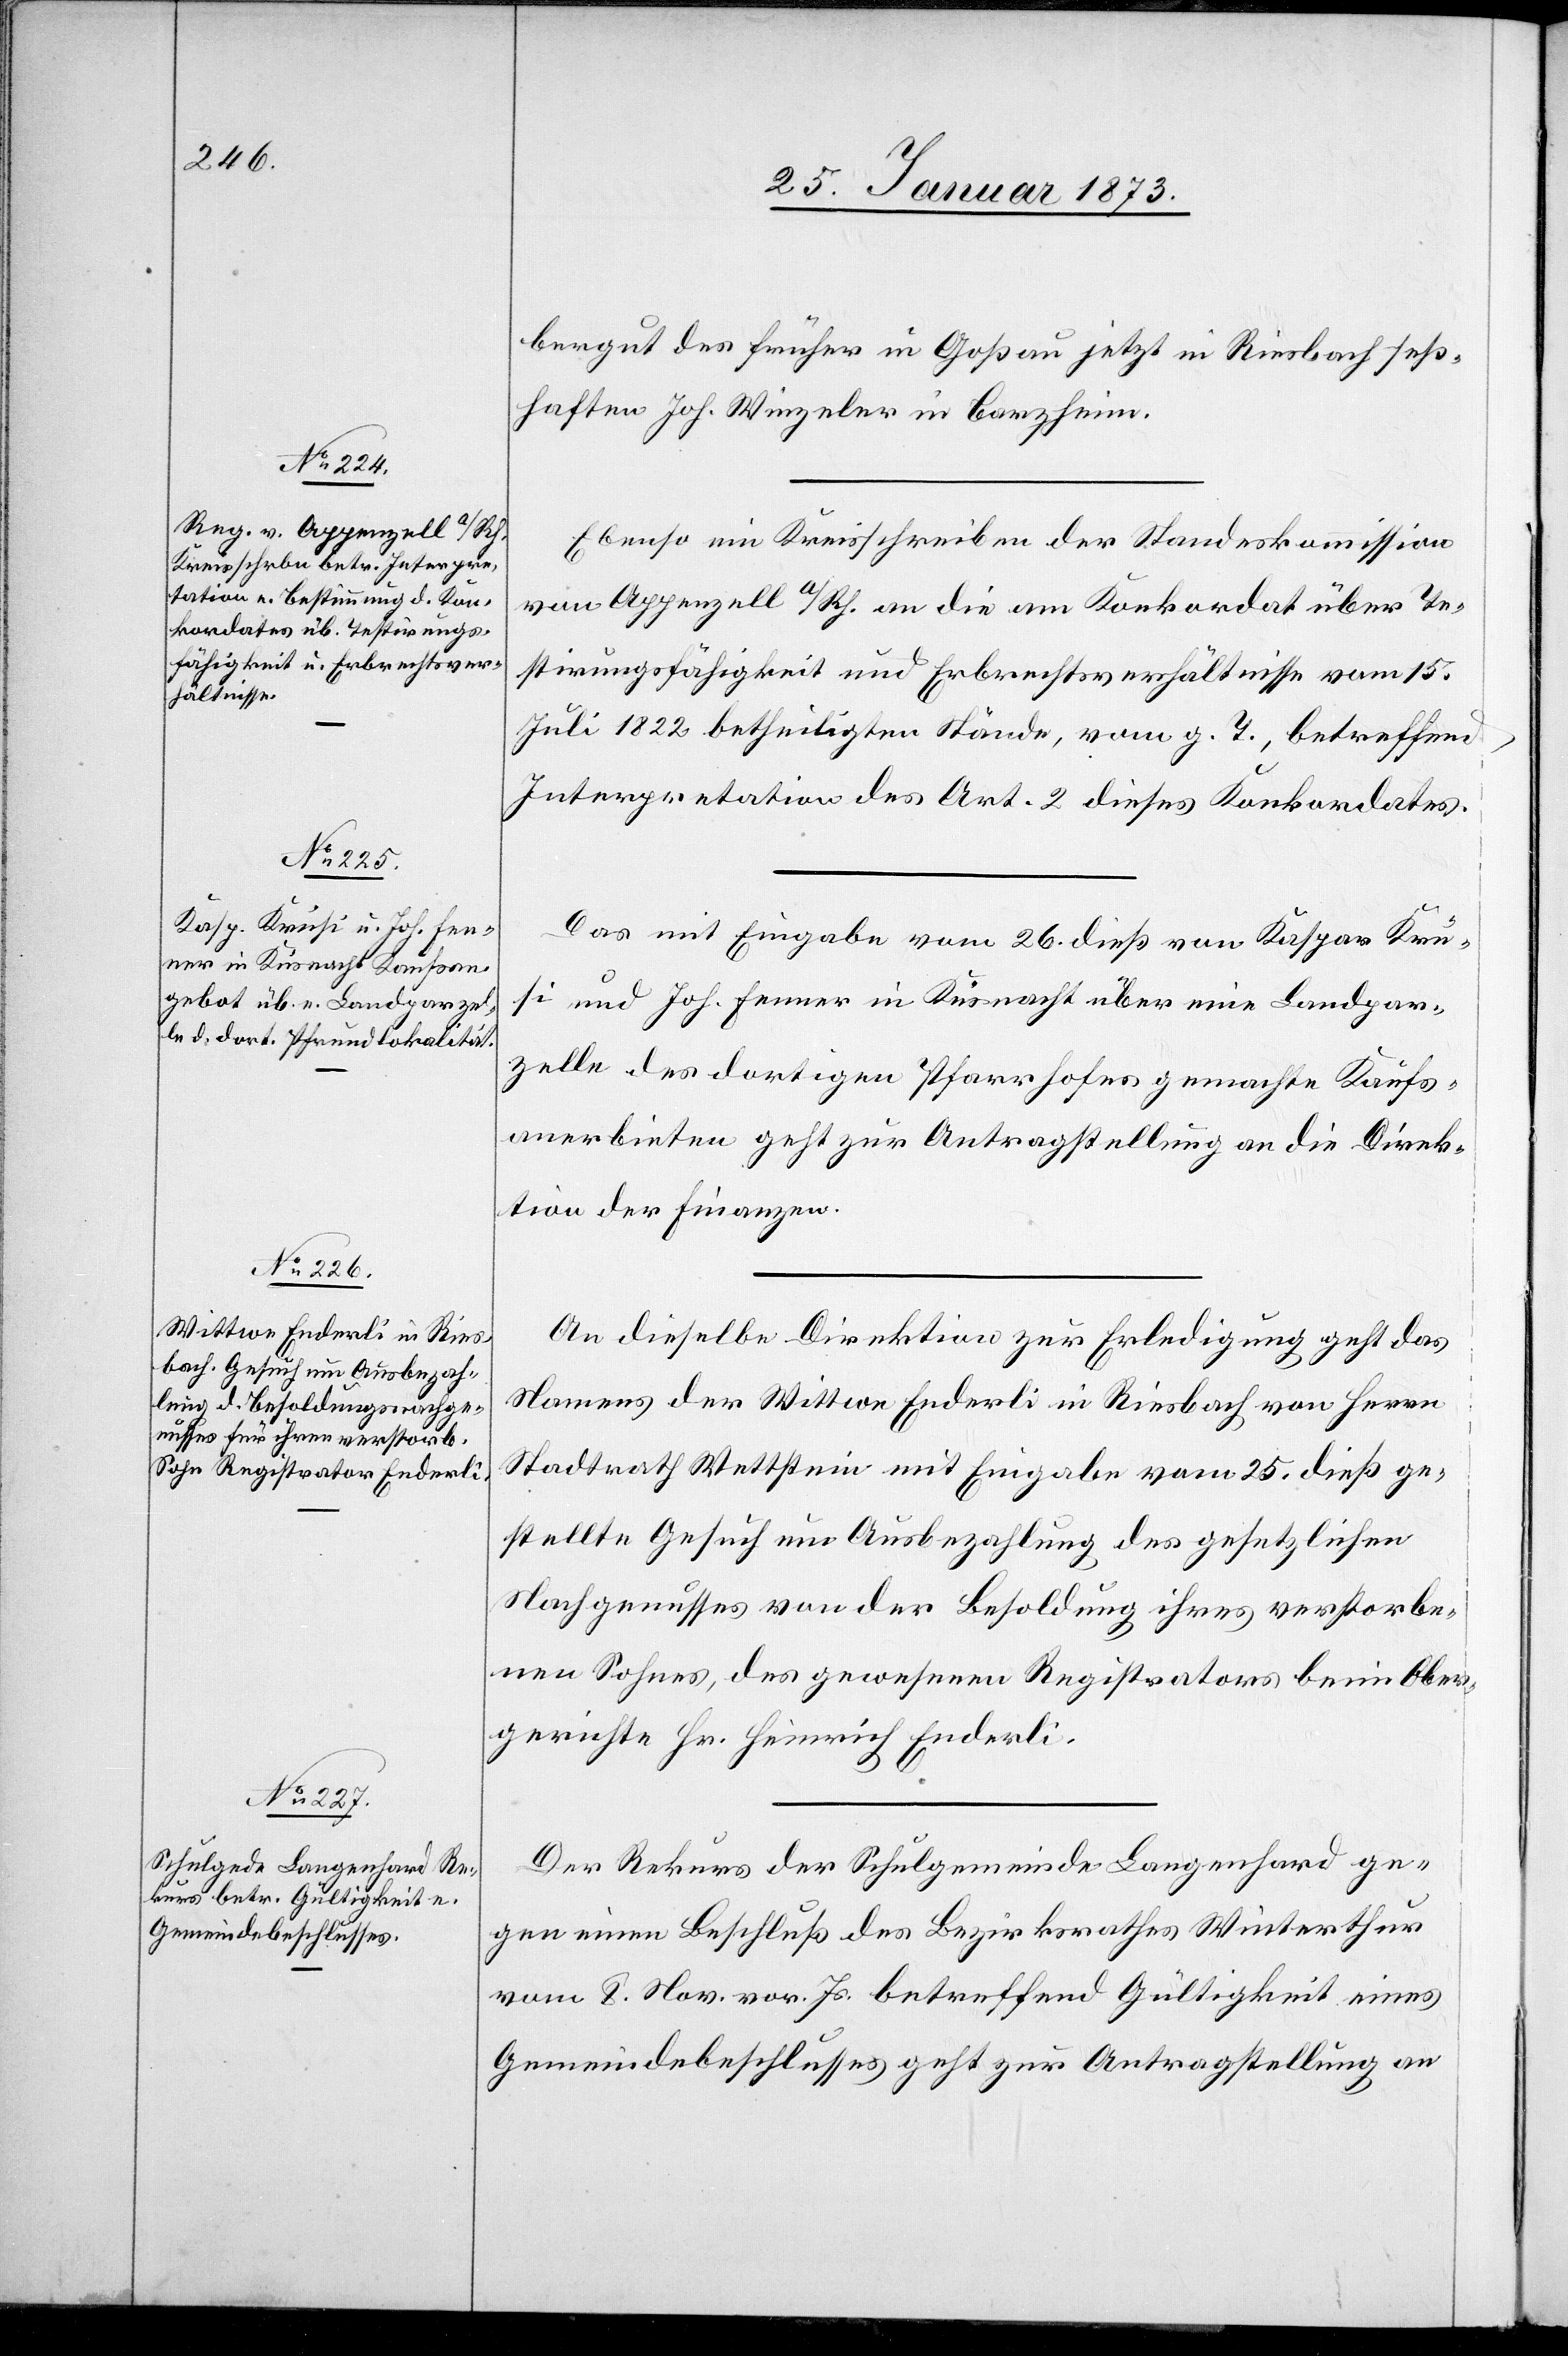
28. Januar 1873.]
bergut des früher in Goßau jetzt in Riesbach seß¬
haften Joh. Winzeler in Barzheim.
Ebenso ein Kreisschreiben der Standeskommission
von Appenzell a/Rh. an die am Konkordat über Te¬
stirungsfähigkeit und Erbrechtsverhältnisse vom 15.
Juli 1822 betheiligten Stände, vom g. T., betreffend
Interpretation des Art. 2 dieses Konkordates.
Das mit Eingabe vom 26. dieß von Kaspar Krü¬
si und Joh. Fenner in Küsnacht über eine Landpar¬
zelle des dortigen Pfarrhofes gemachte Kaufs¬
anerbieten geht zur Antragstellung an die Direk¬
tion der Finanzen.
An dieselbe Direktion zur Erledigung geht das
Namens der Wittwe Enderli in Riesbach von Herrn
Stadtrath Wettstein mit Eingabe vom 25. dieß ge¬
stellte Gesuch um Ausbezahlung des gesetzlichen
Nachgenusses von der Besoldung ihres verstorbe¬
nen Sohnes, des gewesenen Registrators beim Ober¬
gerichte Hr. Heinrich Enderli.
Der Rekurs der Schulgemeinde Langenhard ge¬
gen einen Beschluß des Bezirksrathes Winterthur
vom 8. Nov. vor. Js. betreffend Gültigkeit eines
Gemeindebeschlusses geht zur Antragstellung an